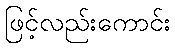
ဖြင့်လည်းကောင်း